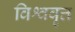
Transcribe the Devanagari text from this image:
विश्ववृत्त